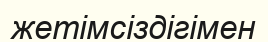
жетімсіздігімен